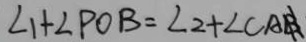
\angle 1 + \angle P O B = \angle 2 + \angle C A B